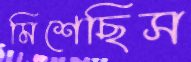
মিশেছিস